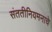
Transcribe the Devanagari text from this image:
संततीनियमनाचे